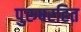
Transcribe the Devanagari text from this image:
पुरुषरहित